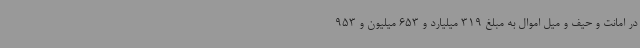
در امانت و حیف و میل اموال به مبلغ 319 میلیارد و 653 میلیون و 953